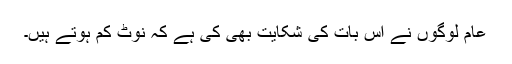
عام لوگوں نے اس بات کی شکایت بھی کی ہے کہ نوٹ کم ہوتے ہیں۔